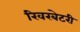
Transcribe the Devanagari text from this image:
रिवरबेटरी